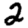
Digit: 2